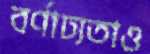
বর্ণাঢ্যতাও